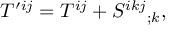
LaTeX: T ^ { \prime i j } = T ^ { i j } + S ^ { i k j } { } _ { ; k } ,